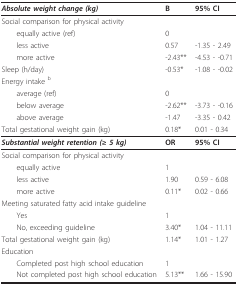
| Absolute weight change (kg) | B | 95% CI |
 | --- | --- | --- |
 | Social comparison for physical activity |  |  |
 | equally active (ref) | 0 |  |
 | less active | 0.57 | -1.35 - 2.49 |
 | more active | -2.43** | -4.53 - -0.71 |
 | Sleep (h/day) | -0.53* | -1.08 - -0.02 |
 | Energy intake b |  |  |
 | average (ref) | 0 |  |
 | below average | -2.62** | -3.73 - -0.16 |
 | above average | -1.47 | -3.35 - 0.42 |
 | Total gestational weight gain (kg) | 0.18* | 0.01 - 0.34 |
 | Substantial weight retention (≥ 5 kg) | OR | 95% CI |
 | Social comparison for physical activity |  |  |
 | equally active | 1 |  |
 | less active | 1.90 | 0.59 - 6.08 |
 | more active | 0.11* | 0.02 - 0.66 |
 | Meeting saturated fatty acid intake guideline |  |  |
 | Yes | 1 |  |
 | No, exceeding guideline | 3.40* | 1.04 - 11.11 |
 | Total gestational weight gain (kg) | 1.14* | 1.01 - 1.27 |
 | Education |  |  |
 | Completed post high school education | 1 |  |
 | Not completed post high school education | 5.13** | 1.66 - 15.90 |